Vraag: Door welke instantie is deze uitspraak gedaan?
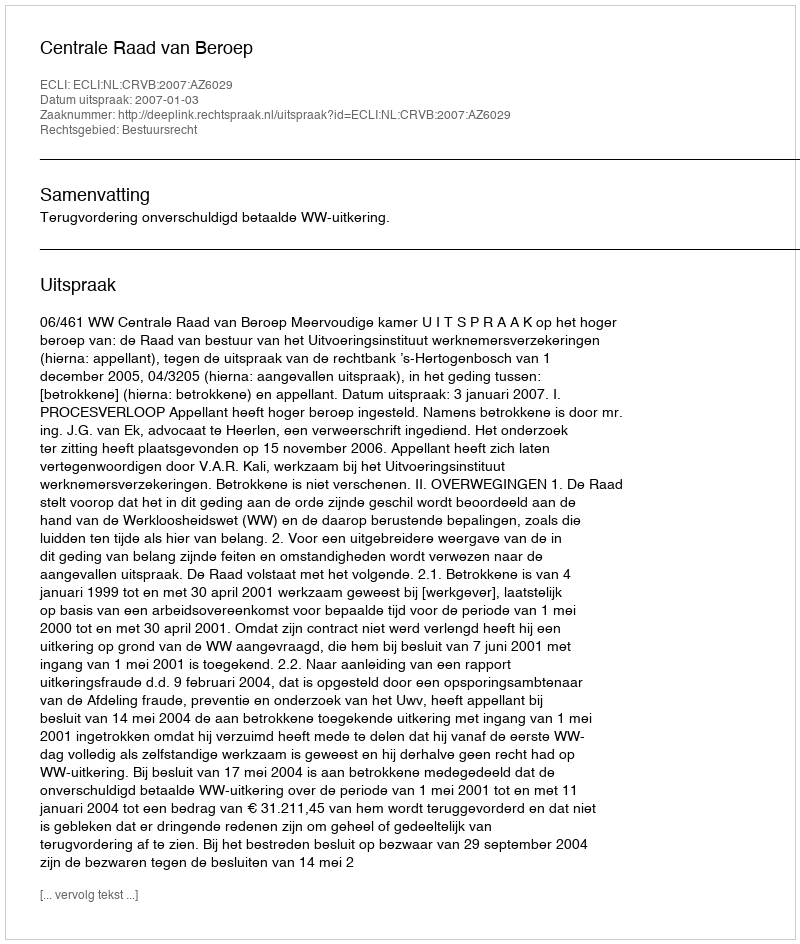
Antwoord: Centrale Raad van Beroep